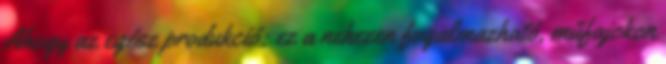
Ahogy az egész produkció: ez a nehezen fogalmazható, műfajokon